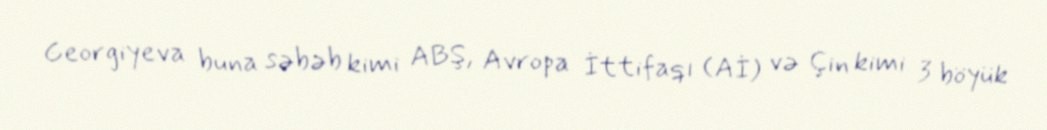
Georgiyeva buna səbəb kimi ABŞ, Avropa İttifaqı (Aİ) və Çin kimi 3 böyük